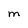
Character: m